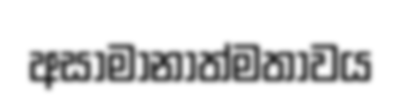
අසාමානාත්මතාවය